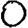
Digit: 0